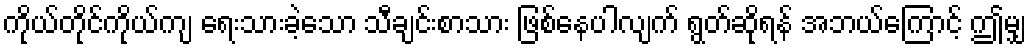
ကိုယ်တိုင်ကိုယ်ကျ ရေးသားခဲ့သော သီချင်းစာသား ဖြစ်နေပါလျက် ရွတ်ဆိုရန် အဘယ်ကြောင့် ဤမျှ